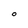
Character: 0